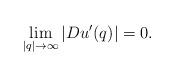
LaTeX: \begin{align*} \lim_{|q|\to\infty} |Du'(q)|=0.\end{align*}